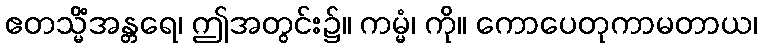
ဧတသ္မိံအန္တရေ၊ ဤအတွင်း၌။ ကမ္မံ၊ ကို။ ကောပေတုကာမတာယ၊